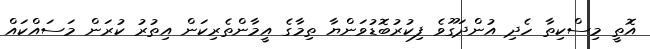
އޮތީ މިސްކިތާ ހެދި އުންދަގޫވެ ފިކުރުބޮޑުވަންޔާ ތިމާގެ އީމާންތެރިކަން އިތުރު ކުރަން މަސައްކައް